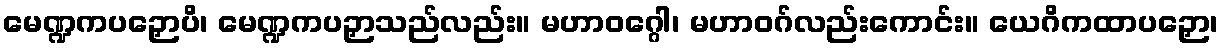
မေဏ္ဍကပဉှောပိ၊ မေဏ္ဍကပဉှာသည်လည်း။ မဟာဝဂ္ဂေါ၊ မဟာဝဂ်လည်းကောင်း။ ယေဂိကထာပဉှော၊